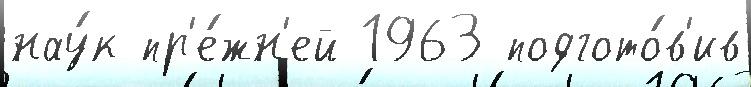
нау́к пр'е́жн'ей 1963 подгото́в'ив